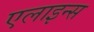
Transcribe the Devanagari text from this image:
एलाइन्स